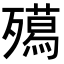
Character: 𭮦